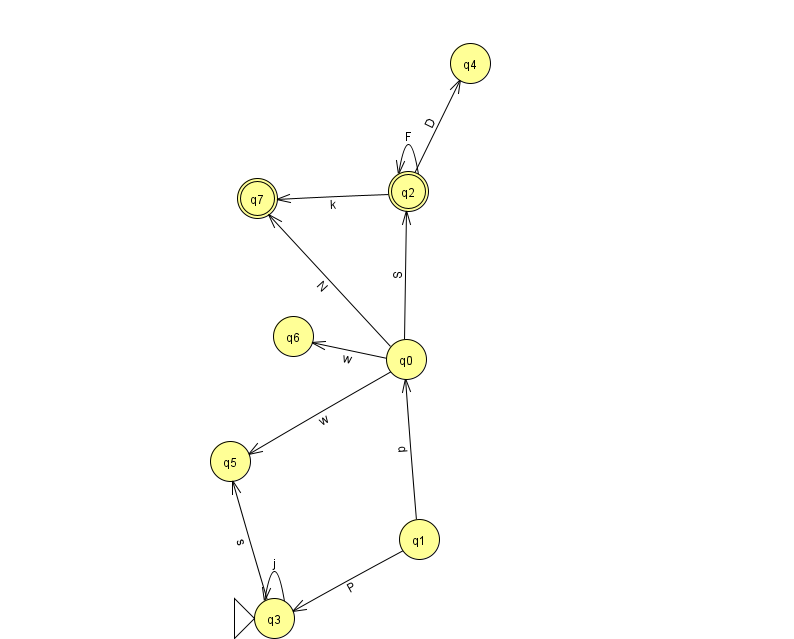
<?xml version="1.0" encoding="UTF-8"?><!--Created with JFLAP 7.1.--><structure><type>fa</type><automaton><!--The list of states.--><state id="0" name="q0"><x>406.0</x><y>346.0</y></state><state id="1" name="q1"><x>419.0</x><y>526.0</y></state><state id="2" name="q2"><x>408.0</x><y>178.0</y><final/></state><state id="3" name="q3"><x>274.0</x><y>605.0</y><initial/></state><state id="4" name="q4"><x>470.0</x><y>50.0</y></state><state id="5" name="q5"><x>230.0</x><y>448.0</y></state><state id="6" name="q6"><x>293.0</x><y>323.0</y></state><state id="7" name="q7"><x>257.0</x><y>185.0</y><final/></state><!--The list of transitions.--><transition><from>3</from><to>5</to><read>s</read></transition><transition><from>0</from><to>2</to><read>S</read></transition><transition><from>2</from><to>7</to><read>k</read></transition><transition><from>0</from><to>6</to><read>w</read></transition><transition><from>1</from><to>0</to><read>d</read></transition><transition><from>0</from><to>7</to><read>N</read></transition><transition><from>2</from><to>2</to><read>F</read></transition><transition><from>2</from><to>4</to><read>D</read></transition><transition><from>3</from><to>3</to><read>j</read></transition><transition><from>1</from><to>3</to><read>P</read></transition><transition><from>0</from><to>5</to><read>w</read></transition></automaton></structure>